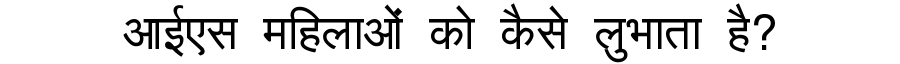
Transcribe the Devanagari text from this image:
आईएस महिलाओं को कैसे लुभाता है?